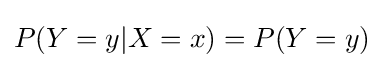
P(Y=y|X=x)=P(Y=y)